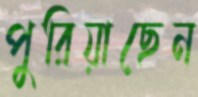
পুরিয়াছেন